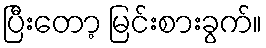
ပြီးတော့ မြင်းစားခွက်။